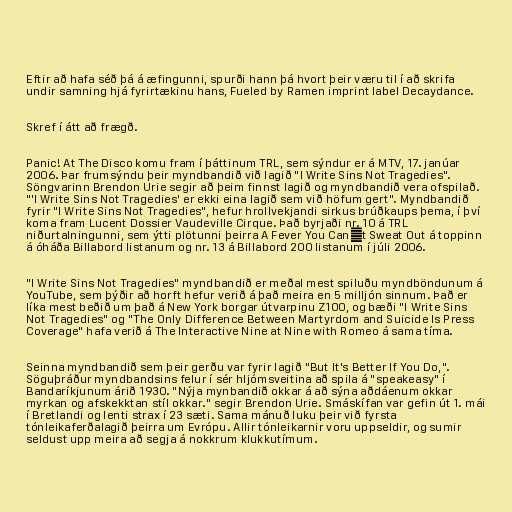
Eftir að hafa séð þá á æfingunni, spurði hann þá hvort þeir væru til í að skrifa
undir samning hjá fyrirtækinu hans, Fueled by Ramen imprint label Decaydance.

Skref í átt að frægð.

Panic! At The Disco komu fram í þáttinum TRL, sem sýndur er á MTV, 17. janúar
2006. Þar frumsýndu þeir myndbandið við lagið "I Write Sins Not Tragedies".
Söngvarinn Brendon Urie segir að þeim finnst lagið og myndbandið vera ofspilað.
"'I Write Sins Not Tragedies' er ekki eina lagið sem við höfum gert". Myndbandið
fyrir "I Write Sins Not Tragedies", hefur hrollvekjandi sirkus brúðkaups þema, í því
koma fram Lucent Dossier Vaudeville Cirque. Það byrjaði nr. 10 á TRL
niðurtalningunni, sem ýtti plötunni þeirra A Fever You Can´t Sweat Out á toppinn
á óháða Billabord listanum og nr. 13 á Billabord 200 listanum í júli 2006.

"I Write Sins Not Tragedies" myndbandið er meðal mest spiluðu myndböndunum á
YouTube, sem þýðir að horft hefur verið á það meira en 5 milljón sinnum. Það er
líka mest beðið um það á New York borgar útvarpinu Z100, og bæði "I Write Sins
Not Tragedies" og "The Only Difference Between Martyrdom and Suicide Is Press
Coverage" hafa verið á The Interactive Nine at Nine with Romeo á sama tíma.

Seinna myndbandið sem þeir gerðu var fyrir lagið "But It's Better If You Do,".
Söguþráður myndbandsins felur í sér hljómsveitina að spila á "speakeasy" í
Bandaríkjunum árið 1930. "Nýja mynbandið okkar á að sýna aðdáenum okkar
myrkan og afskekktan stíl okkar." segir Brendon Urie. Smáskífan var gefin út 1. mái
í Bretlandi og lenti strax í 23 sæti. Sama mánuð luku þeir við fyrsta
tónleikaferðalagið þeirra um Evrópu. Allir tónleikarnir voru uppseldir, og sumir
seldust upp meira að segja á nokkrum klukkutímum.